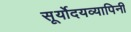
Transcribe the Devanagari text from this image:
सूर्योदयव्यापिनी